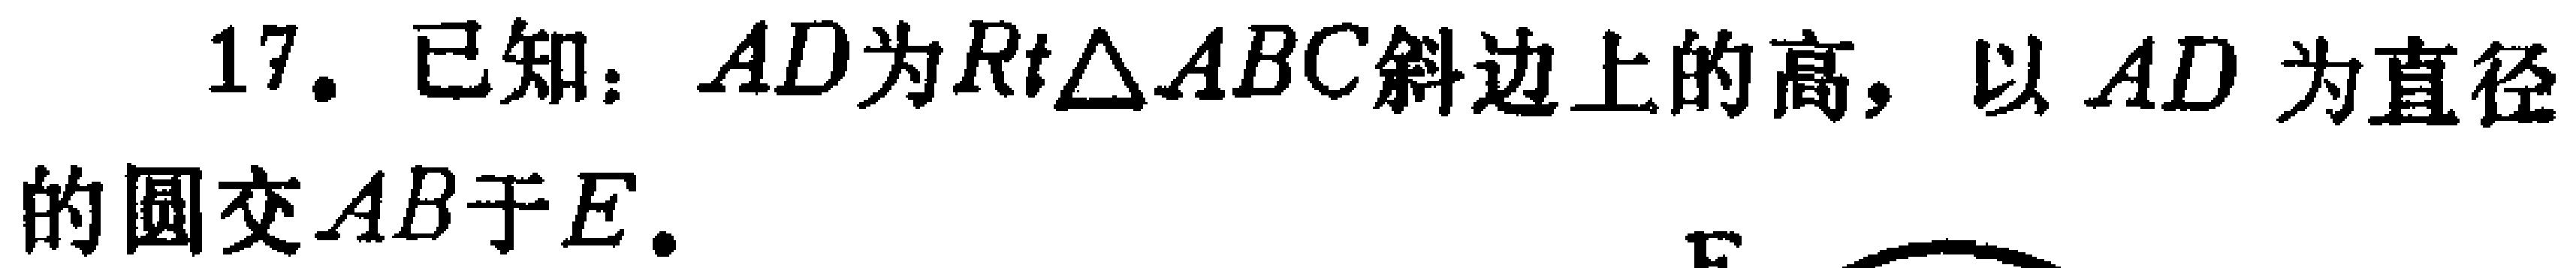
17. 已知：$AD$为$Rt\triangle ABC$斜边上的高，以$AD$为直径的圆交$AB$于$E.$